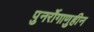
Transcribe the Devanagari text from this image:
पुनर्रोगाणुहीन